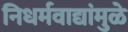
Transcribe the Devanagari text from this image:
निधर्मवाद्यांमुळे